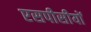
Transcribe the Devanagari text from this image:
एसपीसीयों